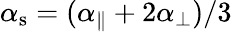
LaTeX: \alpha_{\mathrm{s}}=(\alpha_{\parallel}+2\alpha_{\perp})/3